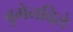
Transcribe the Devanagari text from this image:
बुगेनविले